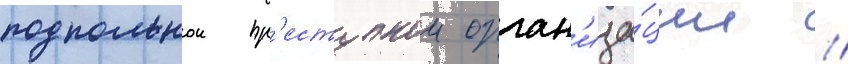
подпольнои пр'еступнои орган'иза́ции //